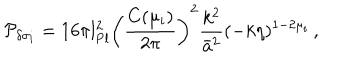
{ \cal P } _ { \delta \sigma _ { i } } = 1 6 \pi l _ { \mathrm { P l } } ^ { 2 } \left( { \frac { C ( \mu _ { i } ) } { 2 \pi } } \right) ^ { 2 } { \frac { k ^ { 2 } } { \bar { a } ^ { 2 } } } ( - k \eta ) ^ { 1 - 2 \mu _ { i } } \, ,